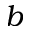
b